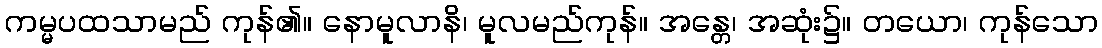
ကမ္မပထသာမည် ကုန်၏။ နောမူလာနိ၊ မူလမည်ကုန်။ အန္တေ၊ အဆုံး၌။ တယော၊ ကုန်သော